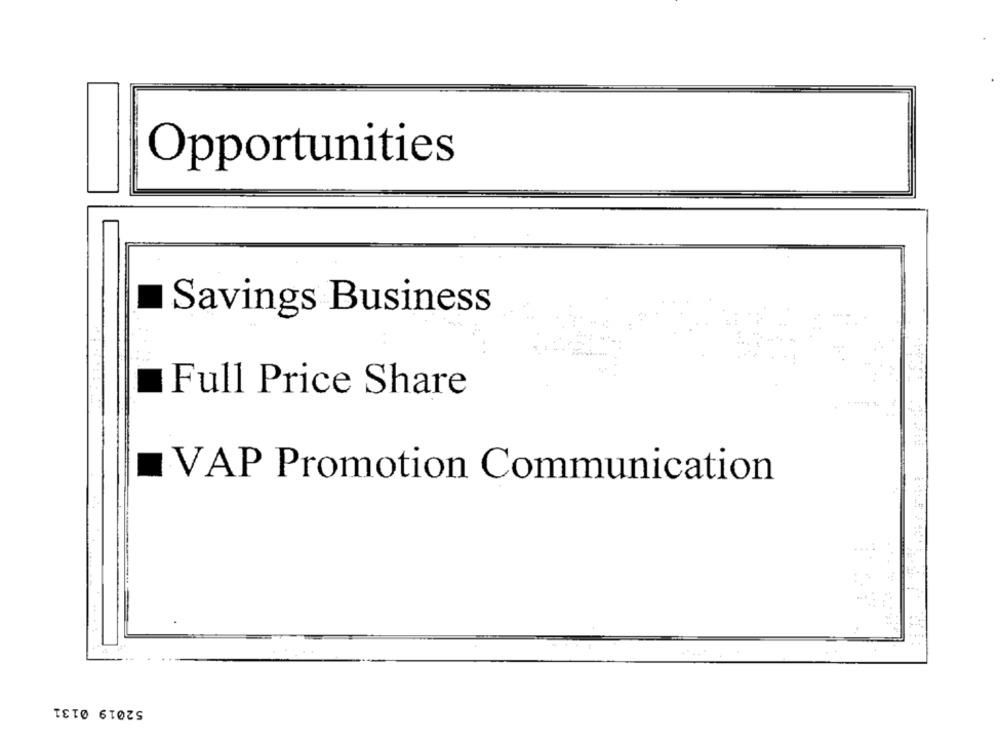
Opportunities
Savings Business
Full Price Share
VAP Promotion Communication
52019 0131